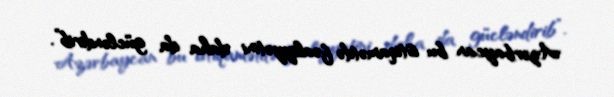
Azərbaycan bu istiqamətdə fəaliyyətini daha da gücləndirib”.